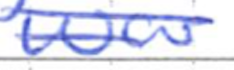
Text: was
Cross-out: double-line
Writing tool: ballpoint